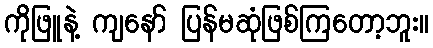
ကိုဖြူနဲ့ ကျနော် ပြန်မဆုံဖြစ်ကြတော့ဘူး။